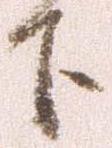
下